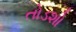
તોડશો